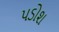
પડોશ